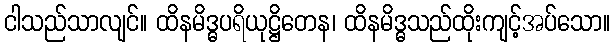
ငါသည်သာလျင်။ ထိနမိဒ္ဓပရိယုဋ္ဌိတေန၊ ထိနမိဒ္ဓသည်ထိုးကျင့်အပ်သော။